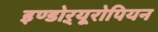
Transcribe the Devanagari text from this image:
इण्डोऱ्यूरोपियन